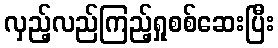
လှည့်လည်ကြည့်ရှုစစ်ဆေးပြီး